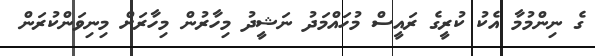
ގެ ނިންމުމާ އެކު ކުރީގެ ރައީސް މުހައްމަދު ނަޝީދު މިހާރުން މިހާރަށް މިނިވަންކުރަން